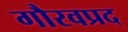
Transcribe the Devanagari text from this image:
गौरवप्रद